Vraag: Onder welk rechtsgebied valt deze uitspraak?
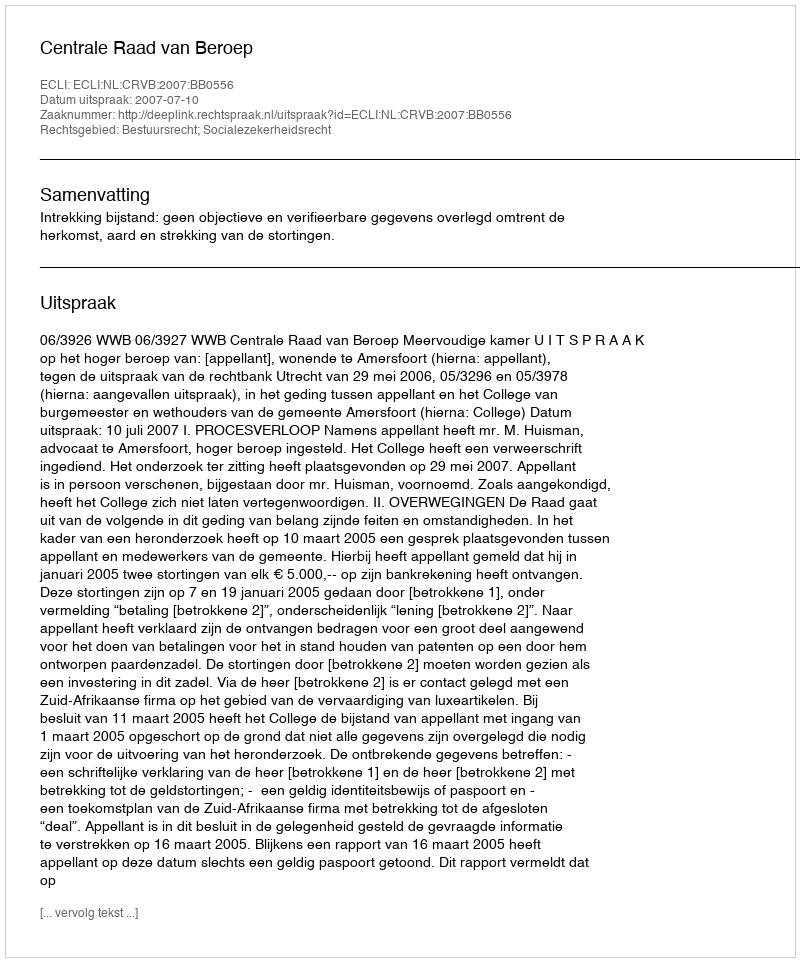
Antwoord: Bestuursrecht; Socialezekerheidsrecht